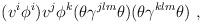
LaTeX: \begin{align*}(v^i \phi^i ) v^j \phi^k(\theta \gamma^{jlm} \theta ) (\theta \gamma^{klm} \theta ) ~ ,\end{align*}